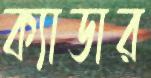
ক্যাডার